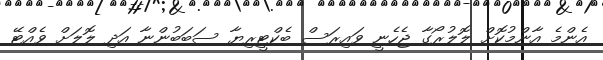
އެންމެ އާންމުކޮށް ލޮލުރޯގާ ޖެހެނީ ވައިރަސް ބެކްޓީރިޔާ ސަބަބުންނާ އަދި ލޮލަށް ވެއްޓޭ